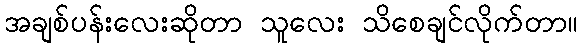
အချစ်ပန်းလေးဆိုတာ သူလေး သိစေချင်လိုက်တာ။